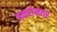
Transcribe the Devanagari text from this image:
अक्षरांनंतर